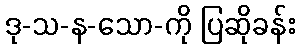
ဒု-သ-န-သော-ကို ပြဆိုခန်း